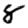
Digit: 8